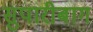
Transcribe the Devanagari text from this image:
सुपारीबाग